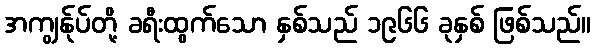
အကျွန်ုပ်တို့ ခရီးထွက်သော နှစ်သည် ၁၉၆၆ ခုနှစ် ဖြစ်သည်။